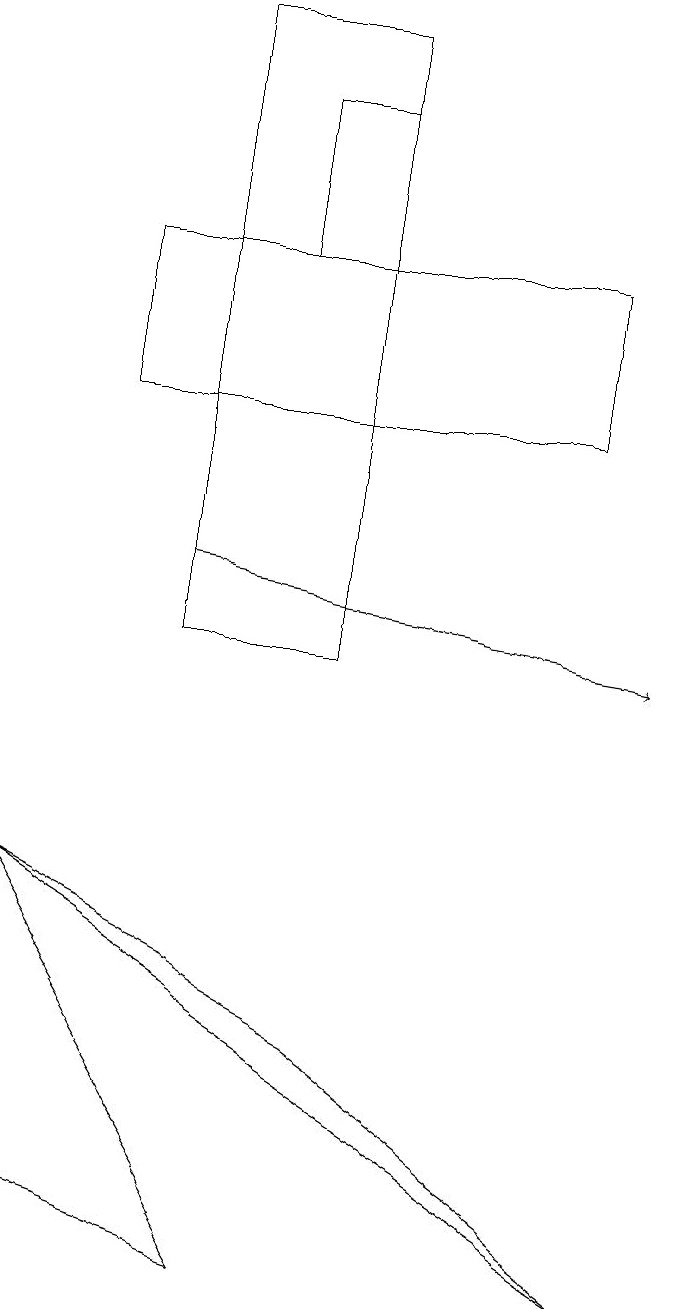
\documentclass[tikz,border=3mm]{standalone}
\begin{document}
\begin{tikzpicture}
\draw (4,6) -- (8,3) -- (0,8) -- cycle;
\draw (2,19) rectangle (4,11);
\draw[->] (2,12) -- (8,11);
\draw (7,16) rectangle (1,14);
\draw (0,8) -- (0,4) -- (3,3) -- cycle;
\draw (4,16) rectangle (3,18);
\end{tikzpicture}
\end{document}